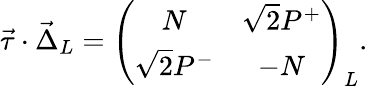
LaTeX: \vec{\tau}\cdot\vec{\Delta}_{L}=\left(\begin{array}{cc}{{N}}&{{\sqrt{2}P^{+}}}\\ {{\sqrt{2}P^{-}}}&{{-N}}\end{array}\right)_{L}.